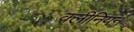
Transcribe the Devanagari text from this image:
क्लीनियन